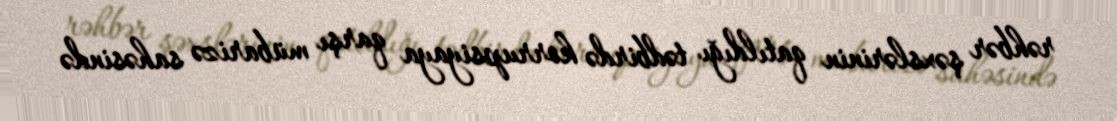
rəhbər şəxslərinin qatıldığı tədbirdə korrupsiyaya qarşı mübarizə sahəsində